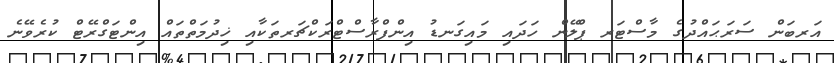
އަރބަން ސަރަޙައްދުގެ މާސްޓަރ ޕްލޭން ހަދައި މައިގަނޑު އިންފްރާސްޓްރަކްޗަރތަކާއި ޚިދުމަތްތައް އިންޓަގްރޭޓް ކުރެވޭނެ